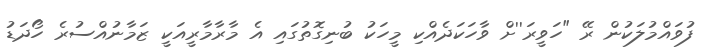
ފުވައްމުލަކުން ރޭ "ހަވީރަ''ށް ވާހަކަދެއްކި މީހަކު ބުނިގޮތުގައި އެ މާރާމާރީއަކީ ޒަމާނުއްސުރެ ހޯދަޑު